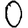
Digit: 0